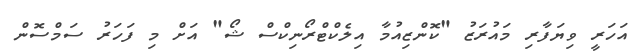
އަހަރީ ވިޔަފާރި މައުރަޒު "ކޮންޒިއުމާ އިލެކްޓްރޯނިކްސް ޝޯ" އަށް މި ފަހަރު ސަމްސޮން